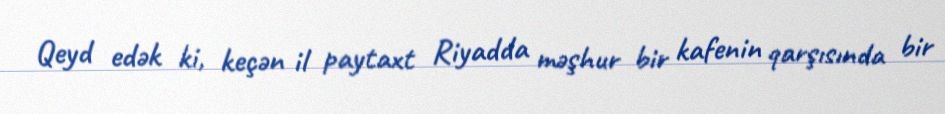
Qeyd edək ki, keçən il paytaxt Riyadda məşhur bir kafenin qarşısında bir